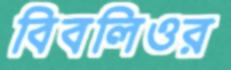
বিবলিওর